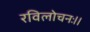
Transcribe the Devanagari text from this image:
रविलोचनः।।